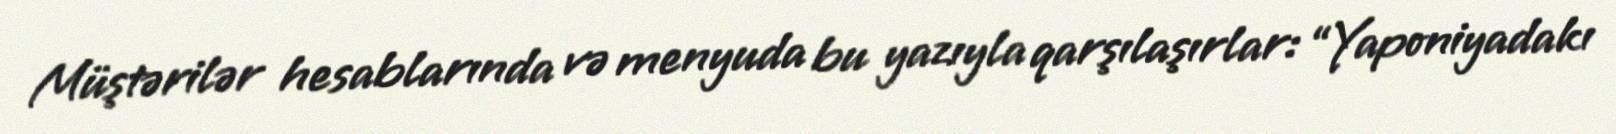
Müştərilər hesablarında və menyuda bu yazıyla qarşılaşırlar: “Yaponiyadakı